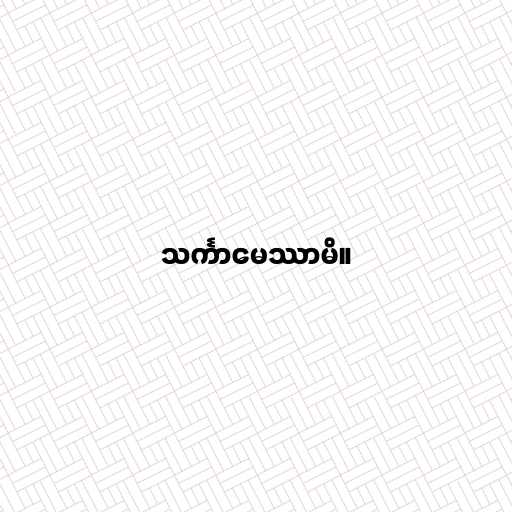
သင်္ကာမေဿာမိ။